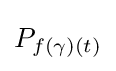
P_{f(\gamma )(t)}